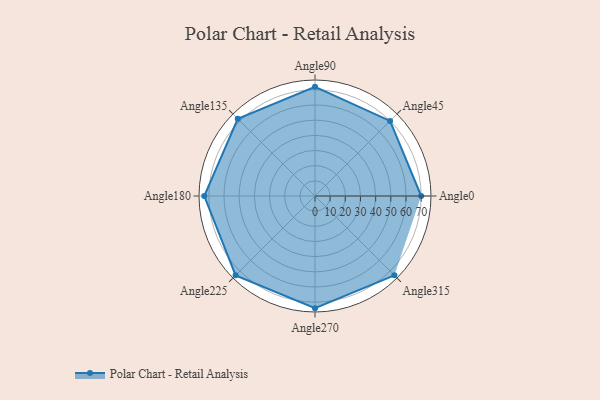
{"axis": {"x": "Angle", "y": "Radius"}, "legend": [""], "data": [{"x": "Angle0", "y": 70.0, "type": ""}, {"x": "Angle45", "y": 70.0, "type": ""}, {"x": "Angle90", "y": 72.0, "type": ""}, {"x": "Angle135", "y": 72.0, "type": ""}, {"x": "Angle180", "y": 73.0, "type": ""}, {"x": "Angle225", "y": 74.0, "type": ""}, {"x": "Angle270", "y": 74.0, "type": ""}, {"x": "Angle315", "y": 74.0, "type": ""}]}